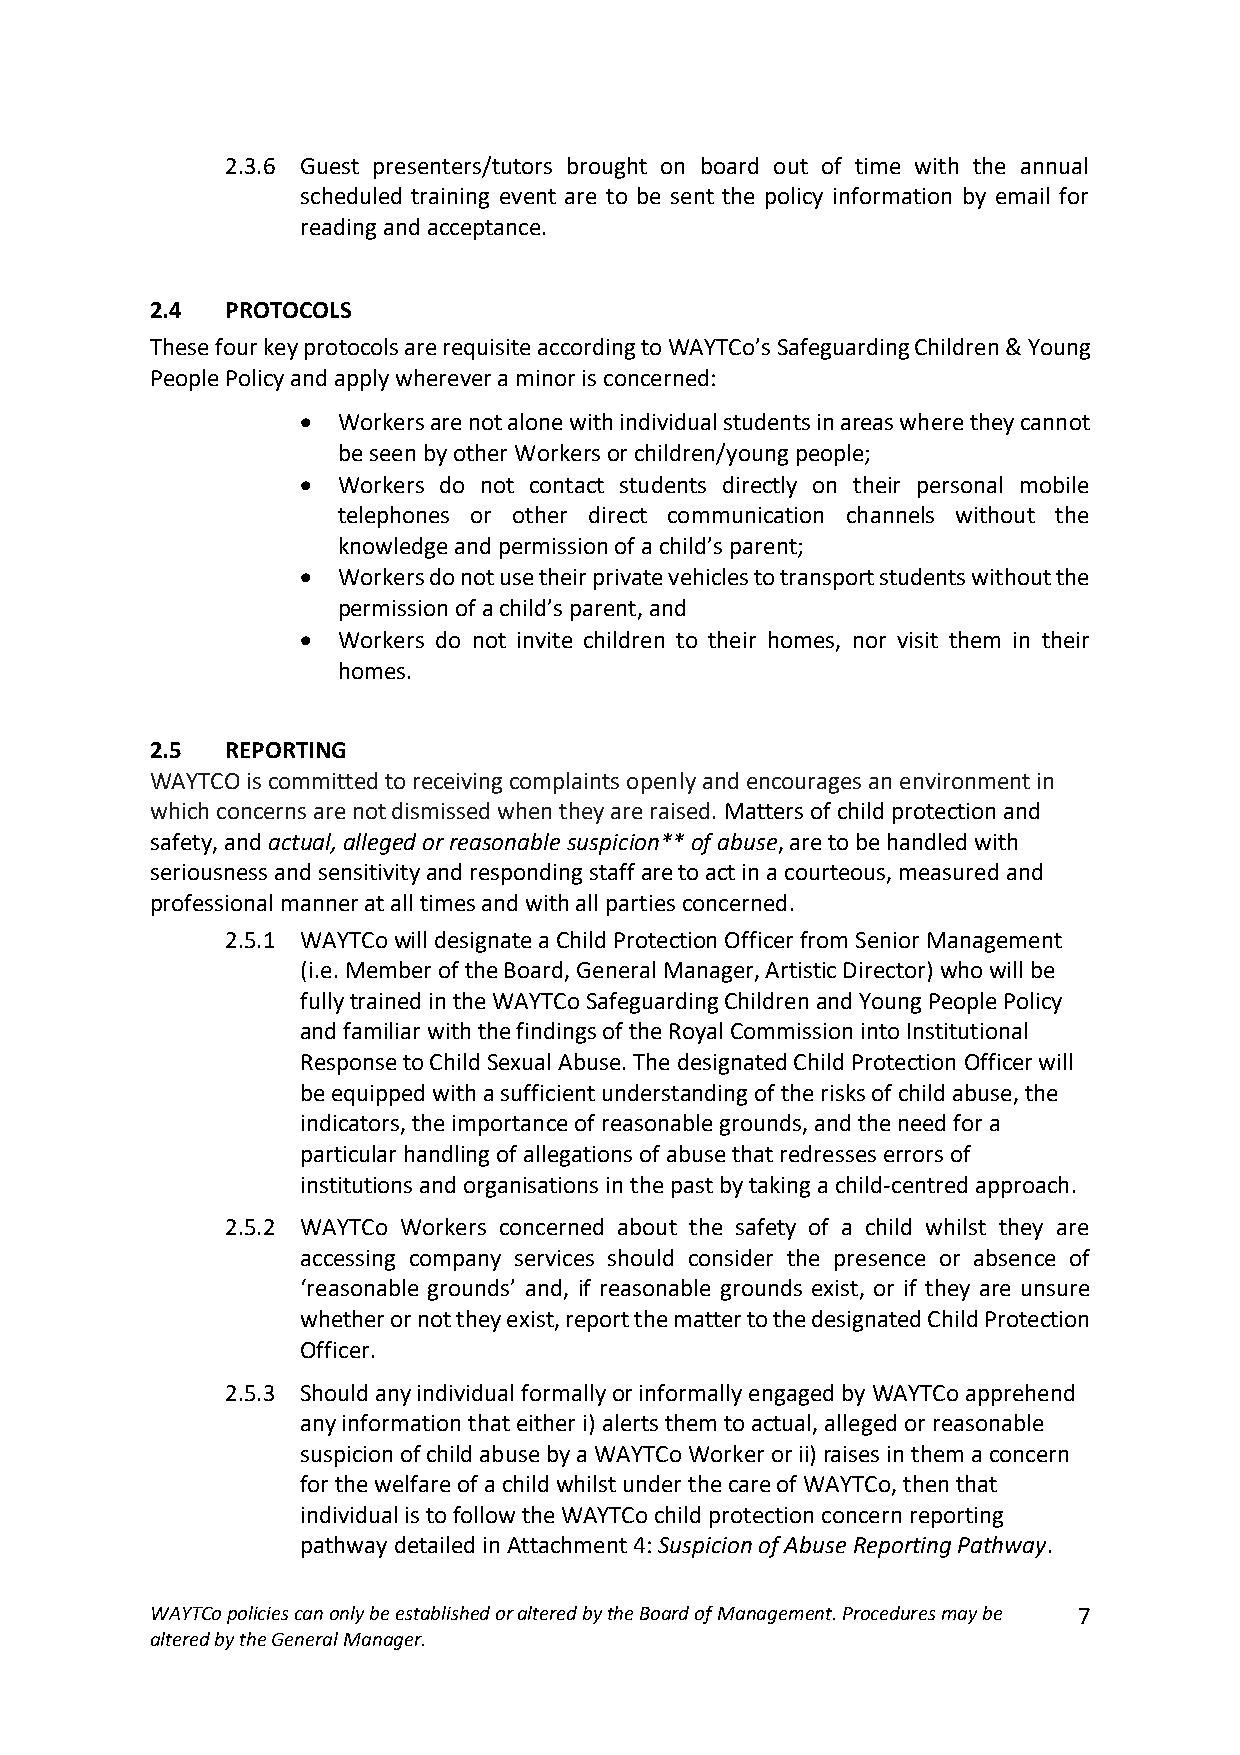
2.3.6 Guest presenters/tutors brought on board out of time with the annual
 scheduled training event are to be sent the policy information by email for
 reading and acceptance.
 2.4  PROTOCOLS
 These four key protocols are requisite according to WAYTCo’s Safeguarding Children & Young
 People Policy and apply wherever a minor is concerned:
 • Workers are not alone with individual students in areas where they cannot
 be seen by other Workers or children/young people;
 • Workers do not contact students directly on their personal mobile
 telephones or other direct communication channels without the
 knowledge and permission of a child’s parent;
 • Workers do not use their private vehicles to transport students without the
 permission of a child’s parent, and
 • Workers do not invite children to their homes, nor visit them in their
 homes.
 2.5  REPORTING
 WAYTCO is committed to receiving complaints openly and encourages an environment in
 which concerns are not dismissed when they are raised. Matters of child protection and
 safety, and actual, alleged or reasonable suspicion** of abuse, are to be handled with
 seriousness and sensitivity and responding staff are to act in a courteous, measured and
 professional manner at all times and with all parties concerned.
 2.5.1 WAYTCo will designate a Child Protection Officer from Senior Management
 (i.e. Member of the Board, General Manager, Artistic Director) who will be
 fully trained in the WAYTCo Safeguarding Children and Young People Policy
 and familiar with the findings of the Royal Commission into Institutional
 Response to Child Sexual Abuse. The designated Child Protection Officer will
 be equipped with a sufficient understanding of the risks of child abuse, the
 indicators, the importance of reasonable grounds, and the need for a
 particular handling of allegations of abuse that redresses errors of
 institutions and organisations in the past by taking a child-centred approach.
 2.5.2 WAYTCo Workers concerned about the safety of a child whilst they are
 accessing company services should consider the presence or absence of
 ‘reasonable grounds’ and, if reasonable grounds exist, or if they are unsure
 whether or not they exist, report the matter to the designated Child Protection
 Officer.
 2.5.3 Should any individual formally or informally engaged by WAYTCo apprehend
 any information that either i) alerts them to actual, alleged or reasonable
 suspicion of child abuse by a WAYTCo Worker or ii) raises in them a concern
 for the welfare of a child whilst under the care of WAYTCo, then that
 individual is to follow the WAYTCo child protection concern reporting
 pathway detailed in Attachment 4: Suspicion of Abuse Reporting Pathway.
 WAYTCo policies can only be established or altered by the Board of Management. Procedures may be 7
 altered by the General Manager.